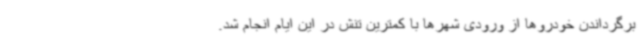
برگرداندن خودروها از ورودی شهرها با کمترین تنش در این ایام انجام شد.